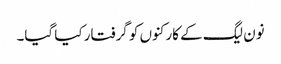
نون لیگ کے کارکنوں کو گرفتار کیا گیا۔